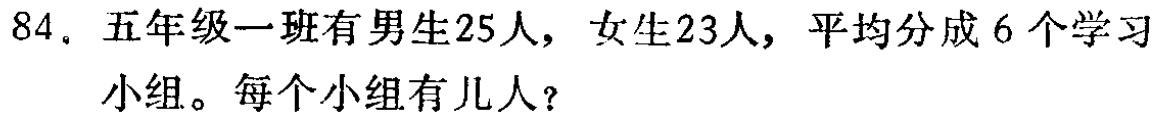
84. 五年级一班有男生25人，女生23人，平均分成6个学习小组。每个小组有几人？